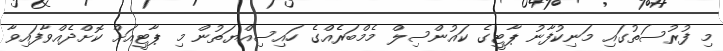
މި ފުރުސަތުގައި މަނިކުފާނު ޕާޓީގެ ކައުންސިލް މެމްބަރެއްގެ ހައިސިއްޔަތުން މި ޕާޓީއަށް ކޮށްދެއްވާފައިވާ